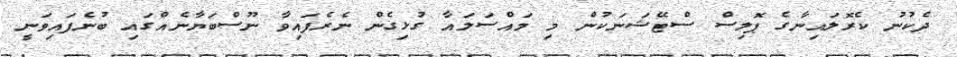
ދެކުނު ކެރޮލައިނާގެ ޕޮލިސް ސްޓޭޝަނަކުން މި މައްސަލައާ ގުޅިގެން ނެރެފައިވާ ނޫސްބަޔާނެއްގައި ބުނެފައިވަނީ